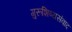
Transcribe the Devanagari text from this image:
गुरूशिष्यसंवाद